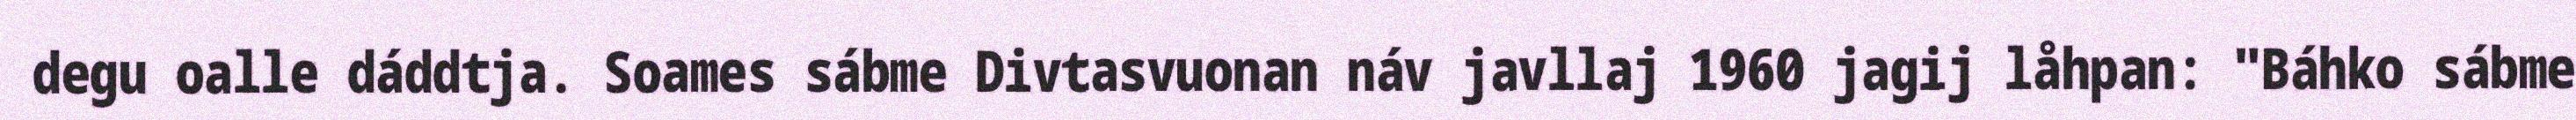
degu oalle dáddtja. Soames sábme Divtasvuonan náv javllaj 1960 jagij låhpan: "Báhko sábme